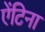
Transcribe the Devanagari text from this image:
ऐंटिना